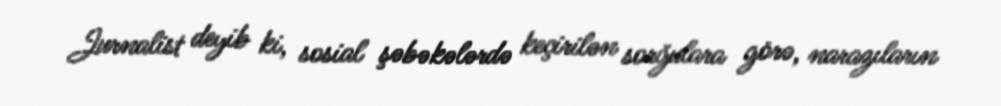
Jurnalist deyib ki, sosial şəbəkələrdə keçirilən sorğulara görə, narazıların